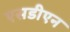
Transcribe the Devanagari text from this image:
एसडीएन